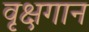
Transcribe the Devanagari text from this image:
वृक्षगान